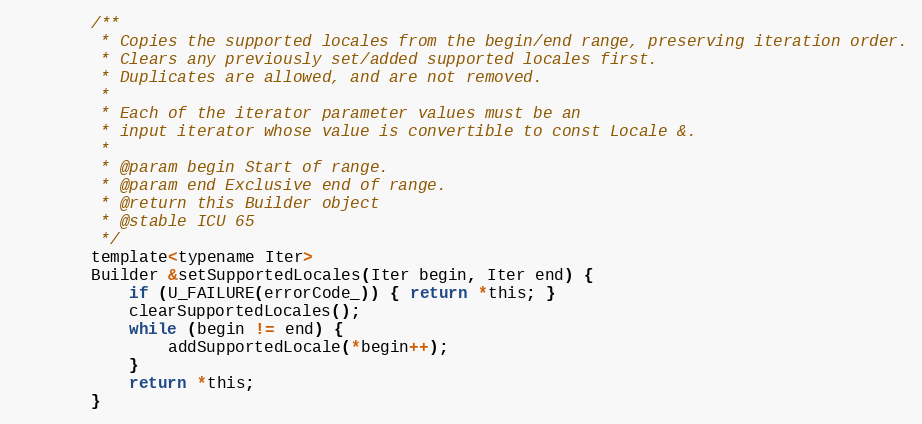
Language: C
        /**
         * Copies the supported locales from the begin/end range, preserving iteration order.
         * Clears any previously set/added supported locales first.
         * Duplicates are allowed, and are not removed.
         *
         * Each of the iterator parameter values must be an
         * input iterator whose value is convertible to const Locale &.
         *
         * @param begin Start of range.
         * @param end Exclusive end of range.
         * @return this Builder object
         * @stable ICU 65
         */
        template<typename Iter>
        Builder &setSupportedLocales(Iter begin, Iter end) {
            if (U_FAILURE(errorCode_)) { return *this; }
            clearSupportedLocales();
            while (begin != end) {
                addSupportedLocale(*begin++);
            }
            return *this;
        }